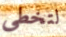
لتخطي